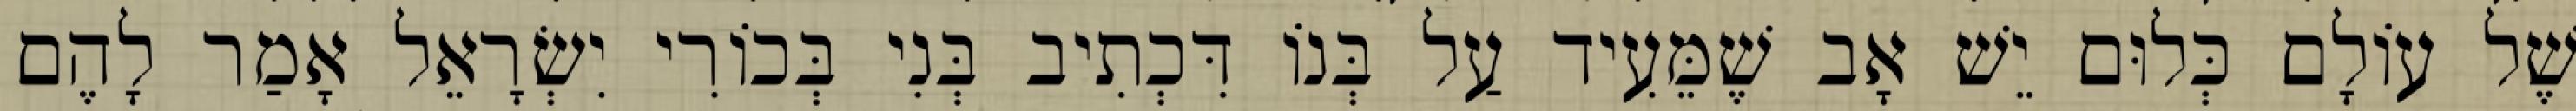
שֶׁל עוֹלָם כְּלוּם יֵשׁ אָב שֶׁמֵּעִיד עַל בְּנוֹ דִּכְתִיב בְּנִי בְּכוֹרִי יִשְׂרָאֵל אָמַר לָהֶם